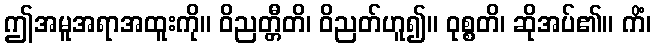
ဤအမူအရာအထူးကို။ ဝိညတ္တီတိ၊ ဝိညတ်ဟူ၍။ ဝုစ္စတိ၊ ဆိုအပ်၏။ ကိံ၊